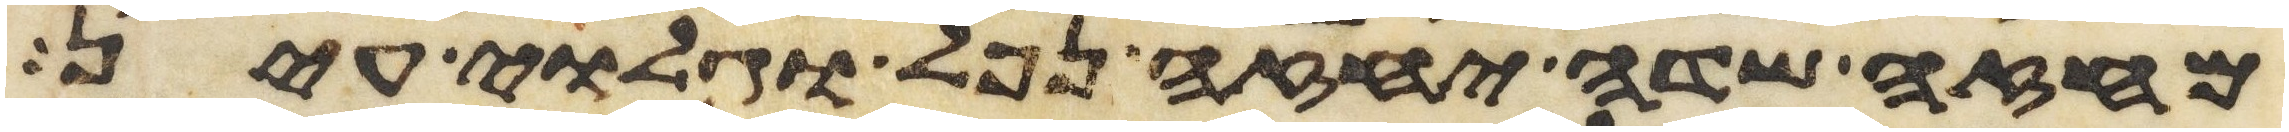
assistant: מחזה שדה יחזה נפל וגלוי עין